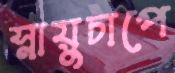
স্নায়ুচাপে